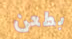
بطعن